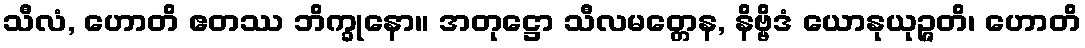
သီလံ, ဟောတိ ဧတဿ ဘိက္ခုနော။ အတုဋ္ဌော သီလမတ္တေန, နိဗ္ဗိဒံ ယောနုယုဉ္ဇတိ၊ ဟောတိ